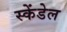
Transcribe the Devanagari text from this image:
स्केंडेल